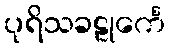
ပုရိသခဠုင်္ကေ